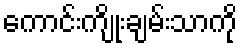
ကောင်းကျိုးချမ်းသာကို